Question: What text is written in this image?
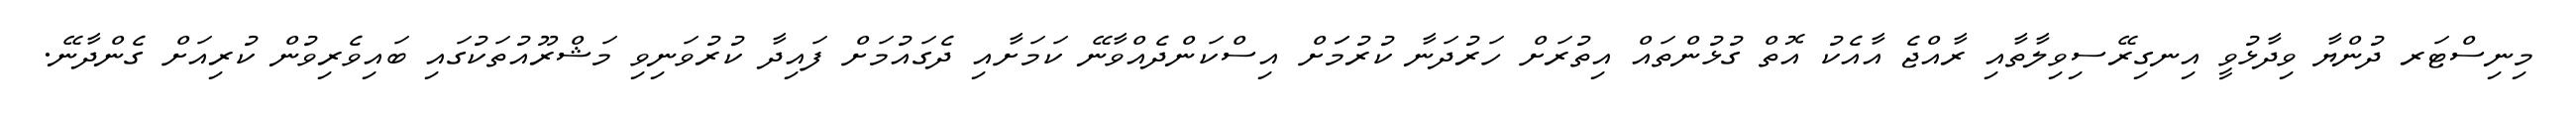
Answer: މިނިސްޓަރ ދުންޔާ ވިދާޅުވީ އިނގިރޭސިވިލާތާއި ރާއްޖެ އާއެކު އޮތް ގުޅުންތައް އިތުރަށް ހަރުދަނާ ކުރުމަަށް އިސްކަންދެއްވާނޭ ކަމަށާއި ދެގައުމަށް ފައިދާ ކުރުވަނިވި މަޝްރޫއުތަކުގައި ބައިވެރިވުން ކުރިއަށް ގެންދާނޭ.